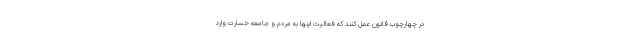
در چهارچوب قانون عمل کنند که فعالیت اینها به مردم و جامعه خسارت وارد